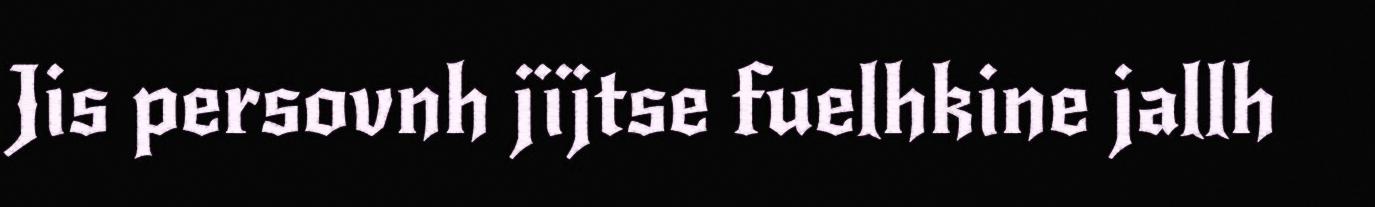
Jis persovnh jïjtse fuelhkine jallh